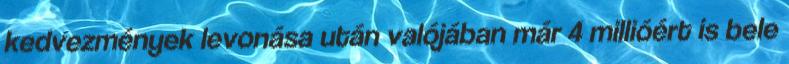
kedvezmények levonása után valójában már 4 millióért is bele